Physiological action of certain drugs in tablet form - Number 52A
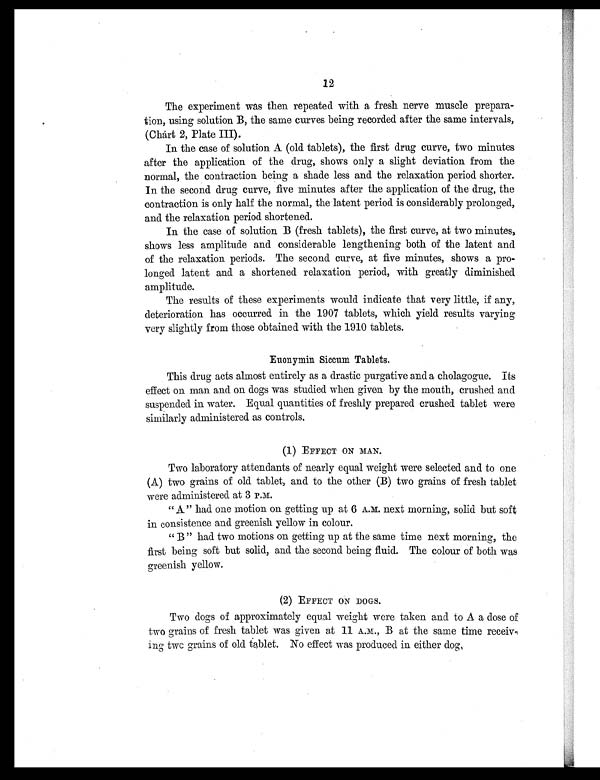
12
The experiment was then repeated with a fresh nerve muscle prepara-
tion, using solution B, the same curves being recorded after the same intervals,
(Chart 2, Plate III).
In the case of solution A (old tablets), the first drug curve, two minutes.
after the application of the drug, shows only a slight deviation from the
normal, the contraction being a shade less and the relaxation period shorter.
In the second drug curve, five minutes after the application of the drug, the
contraction is only half the normal, the latent period is considerably prolonged,
and the relaxation period shortened.
In the case of solution B (fresh tablets), the first curve, at two minutes,
shows less amplitude and considerable lengthening both of the latent and
of the relaxation periods. The second curve, at five minutes, shows a pro-
longed latent and a shortened relaxation period, with greatly diminished
amplitude.
The results of these experiments would indicate that very little, if any,
deterioration has occurred in the 1907 tablets, which yield results varying
very slightly from those obtained with the 1910 tablets.
Euonymin Siccum Tablets.
This drug acts almost entirely as a drastic purgative and a cholagogue. Its
effect on man and on dogs was studied when given by the mouth, crushed and
suspended in water. Equal quantities of freshly prepared crushed tablet were
similarly administered as controls.
(1) EFFECT ON MAN.
Two laboratory attendants of nearly equal weight were selected and to one
(A) two grains of old tablet, and to the other (B) two grains of fresh tablet
were administered at 3 P.M.
" A " had one motion on getting up at 6 A.M. next morning, solid but soft
in consistence and greenish yellow in colour.
" B " had two motions on getting up at the same time next morning, the
first being soft but solid, and the second being fluid. The colour of both was
greenish yellow.
(2) EFFECT ON DOGS.
Two dogs of approximately equal weight were taken and to A a dose of
two grains of fresh tablet was given at 11 A.M., B at the same time receiv
ing two grains of old tablet. No effect was produced in either dog,